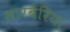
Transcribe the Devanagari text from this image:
सारबेरिया